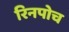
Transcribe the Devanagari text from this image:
रिनपोच